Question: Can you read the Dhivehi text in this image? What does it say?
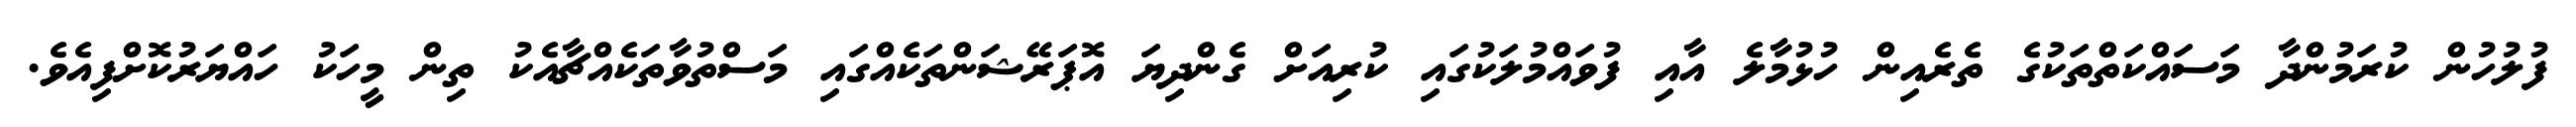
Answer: ފުލުހުން ކުރަމުންދާ މަސައްކަތްތަކުގެ ތެރެއިން ހުޅުމާލެ އާއި ފުވައްމުލަކުގައި ކުރިއަށް ގެންދިޔަ އޮޕަރޭޝަންތަކެއްގައި މަސްތުވާތަކެއްޗާއެކު ތިން މީހަކު ހައްޔަރުކޮށްފިއެވެ.